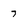
Character: 7